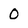
Character: 0